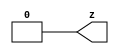
//#############################################################################
//# Function: Tie Low Cell                                                    #
//# Copyright: Lambda Project Authors. All rights Reserved.                   #
//# License:  MIT (see LICENSE file in Lambda repository)                     #
//#############################################################################

module la_tielo #(
    parameter PROP = "DEFAULT"
) (
    output z
);

    assign z = 1'b0;

endmodule